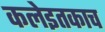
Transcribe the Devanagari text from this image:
कलेइतकाच